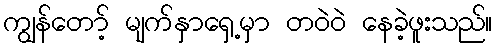
ကျွန်တော့် မျက်နှာရှေ့မှာ တဝဲဝဲ နေခဲ့ဖူးသည်။